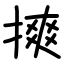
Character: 摤